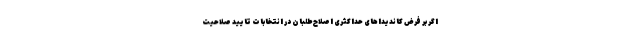
اگر بر فرض کاندیداهای حداکثری اصلاح‌طلبان در انتخابات تایید صلاحیت